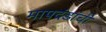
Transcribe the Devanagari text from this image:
मापदंडांची